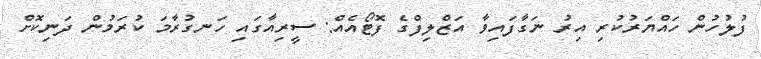
ފުލުހުން ހައްޔަރުކުރި އިރު ނަގާފައިވާ އަޒްލިފްގެ ފޮޓޯއެއް: ސީރިއާގައި ހަނގުރާމަ ކުރަމުން ދަނިކޮށް